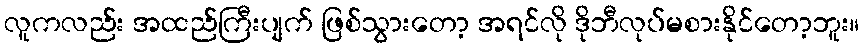
လူကလည်း အထည်ကြီးပျက် ဖြစ်သွားတော့ အရင်လို ဒိုဘီလုပ်မစားနိုင်တော့ဘူး။